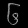
Digit: ၆